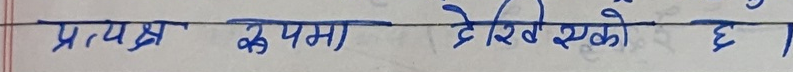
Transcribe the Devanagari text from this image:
प्रत्यक्ष रूपमा देखेंको छ ।